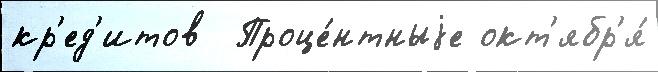
кр'ед'итов  Проце́нтныjе окт'ябр'я́